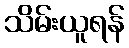
သိမ်းယူရန်